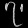
Digit: ၇